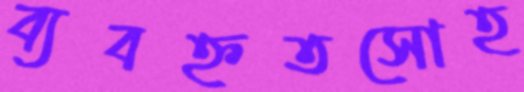
ব্যবহ্নতসোহ